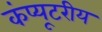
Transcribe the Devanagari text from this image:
कंप्यूटरीय